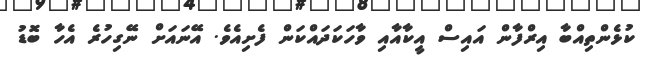
ކުޅެންތިއްބާ އިރްފާން އައިސް އީކާއާއި ވާހަކަދައްކަން ފެށިއެވެ. އޭނައަށް ނޭގިހުރެ އެހާ ބޮޑު